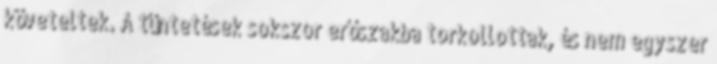
követeltek. A tüntetések sokszor erőszakba torkollottak, és nem egyszer